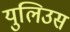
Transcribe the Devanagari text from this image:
युलिउस